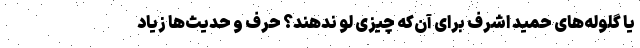
یا گلوله‌های حمید اشرف برای آن‌که چیزی لو ندهند؟ حرف و حدیث‌ها زیاد